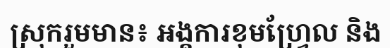
ស្រុករួមមាន៖ អង្គការខុមហ្វ្រែល និង